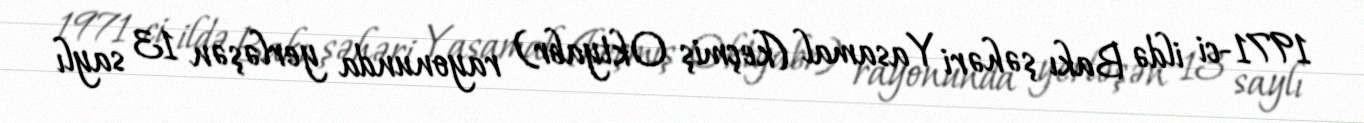
1971-ci ildə Bakı şəhəri Yasamal (keçmiş Oktyabr) rayonunda yerləşən 13 saylı